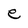
Character: e